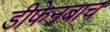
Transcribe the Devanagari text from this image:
डीफेनबाच